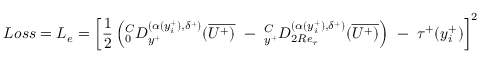
L o s s = L _ { e } = \left[ { \frac { 1 } { 2 } } \left( ^ C _ { 0 } D _ { y ^ { + } } ^ { ( \alpha ( y _ { i } ^ { + } ) , \delta ^ { + } ) } ( \overline { { U ^ { + } ) } } ~ - ~ _ { y ^ { + } } ^ { C } D _ { 2 R e _ { \tau } } ^ { ( { \alpha ( y _ { i } ^ { + } ) } , \delta ^ { + } ) } ( \overline { { U ^ { + } ) } } \right) ~ - ~ \tau ^ { + } ( y _ { i } ^ { + } ) \right] ^ { 2 }